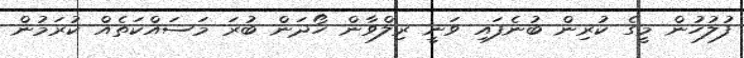
ފުލުހުން މީގެ ކުރިން ބުނެފައި ވަނީ ރިލްވާން ހޯދަން ބުރަ މަސައްކަތެއް ކުރަމުން